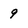
Character: 9